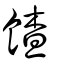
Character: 餷